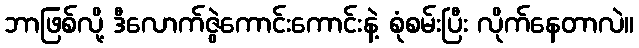
ဘာဖြစ်လို့ ဒီလောက်ဇွဲကောင်းကောင်းနဲ့ စုံစမ်းပြီး လိုက်နေတာလဲ။